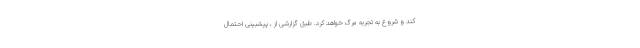
کند و شروع به تجربه مرگ خواهد کرد. طبق گزارشی از ، پیشبینی احتمال